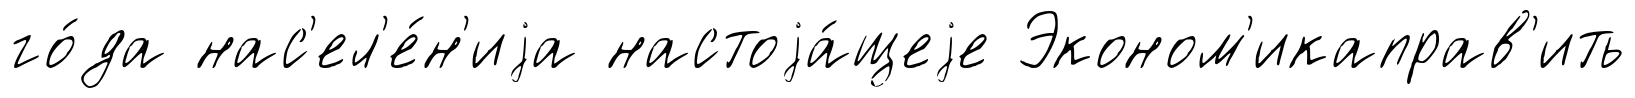
го́да нас'ел'е́н'иjа настоjа́щеjе Эконом'икаправ'ить